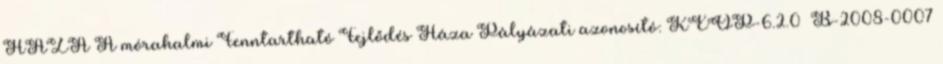
HÁZA A mórahalmi Fenntartható Fejlődés Háza Pályázati azonosító: KEOP-6.2.0 B-2008-0007